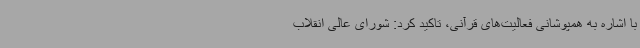
با اشاره به همپوشانی فعالیت‌های قرآنی، تاکید کرد: شورای عالی انقلاب